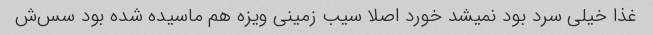
غذا خیلی سرد بود نمیشد خورد اصلا سیب زمینی ویزه هم ماسیده شده بود سس‌ش